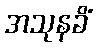
အသုနခိံ